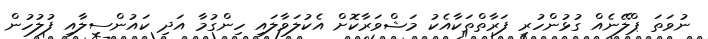
ނުވަތަ ޕްލޭނެއް ގުޅުންހުރި ފަރާތްތަކާއެކު މަޝްވަރާކޮށް އެކުލަވާލައި ހިންގުމާ އަދި ކައުންސިލާއި ފުލުހުން